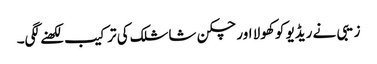
زیبی نے ریڈیو کو کھولا اور چکن شاشلک کی ترکیب لکھنے لگی۔